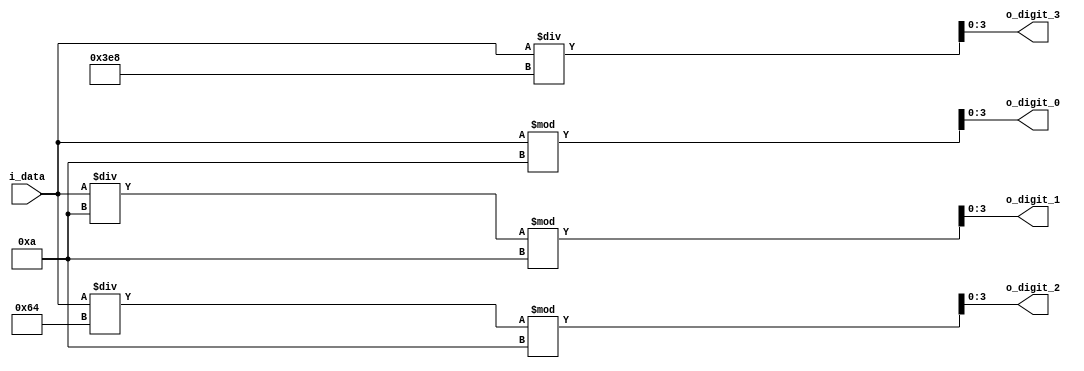
`timescale 1ns / 1ps


module digit_divider(
    input [7:0] i_data,
    output [3:0] o_digit_0, o_digit_1, o_digit_2, o_digit_3
    );
    
    assign o_digit_3 = (i_data / 1000);
    assign o_digit_2 = (i_data / 100) % 10;
    assign o_digit_1 = (i_data / 10) % 10;
    assign o_digit_0 = i_data % 10;
    
endmodule